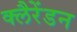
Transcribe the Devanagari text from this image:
क्लैरेंडन